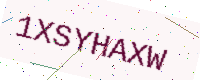
Text: 1XSYHAXW